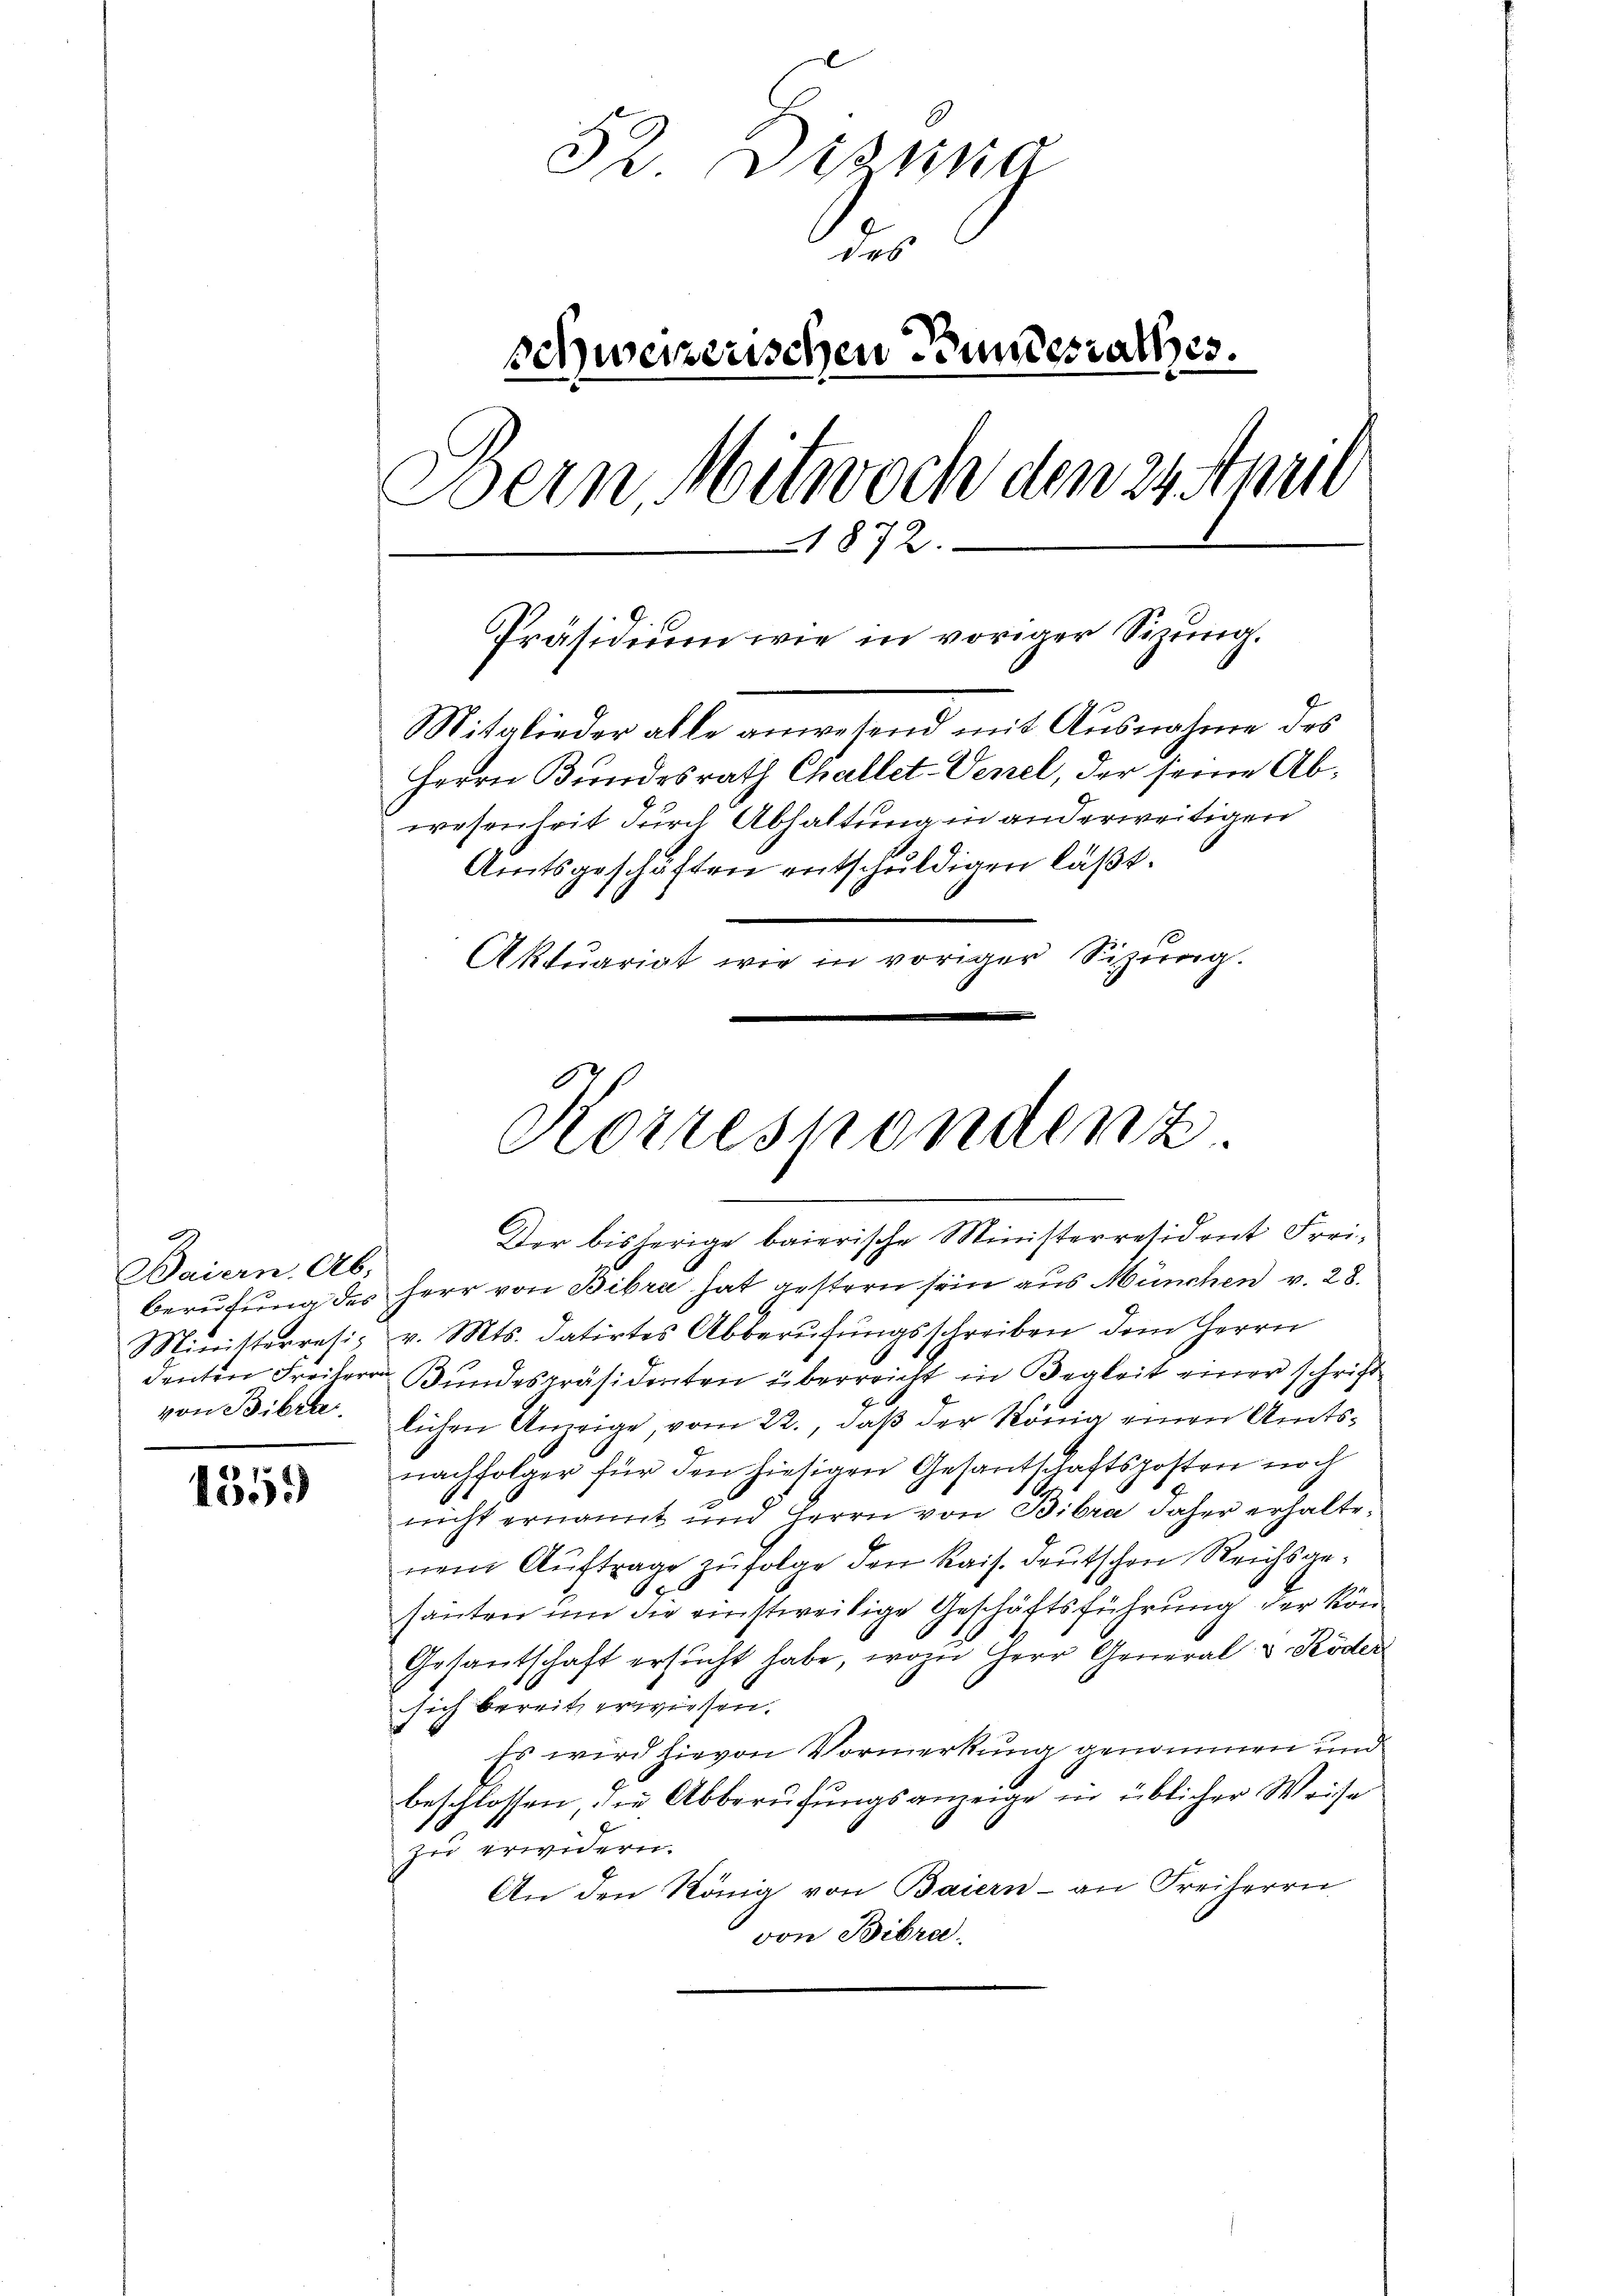
Baiern. Ab.
von Bibrk

1359)

32. Distria
des
schweizerischen Bundesrathes.
Bern, Mitwoch den 23 Anit
1872.
Präsidium wie in voriger Sizung.
Mitglieder alle anwesend mit Ausnahme des
Herrn Bundesrath Challet Venel, der seine Abwesenheit durch Abhaltung in anderweitigen
Amtsgeschäften entschuldigen läßt.
Aktuariat wie in voriger Sizung.

Korrespondenz
Der bisherige baierische Ministerresident Frei¬

Berufung des Herr von Bibra hat gestern sein aus München v. 28.
Ministerresi, v. Mts. datirtes Abberŭfŭngsschreiben dem Herrn
denten Freiherr Bundespräsidenten überreicht in Begleit einer schriftlichen Anzeige, vom 22., daβ der König einen Amtsnachfolger für den hiesigen Gesantschaftsposten noch
nicht ernannt und Herrn von Bibra daher erhaltenem Auftrage zufolge den Kais. Deutschen Reichsge¬
.
hauten um die einstweilige Geschäftsführung der kön¬
Gesantschaft ersŭcht habe, wozu Herr General v Köder
sich bereit, erwiesen.
Es wird hievon Vormerkung genommen und
beschlossen, die Abberufungsanzeige in üblicher Weise
zu erwidern.
An den König von Baiern - an Freiherrn
von Bibra